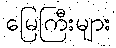
မြေကြီးများ